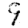
Digit: 9